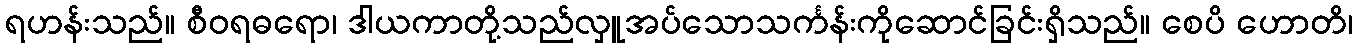
ရဟန်းသည်။ စီဝရဓရော၊ ဒါယကာတို့သည်လှူအပ်သောသင်္ကန်းကိုဆောင်ခြင်းရှိသည်။ စေပိ ဟောတိ၊